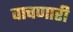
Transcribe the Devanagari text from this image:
वाचणारी